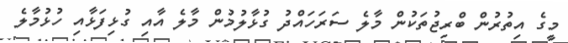
މީގެ އިތުރުން ބްރިޖުތަކުން މާލެ ސަރަހައްދު ގުޅާލުމުން މާލެ އާއި ގުޅިފަޅާއި ހުޅުމާލެ